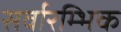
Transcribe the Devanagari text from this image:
सर्वारम्भिक